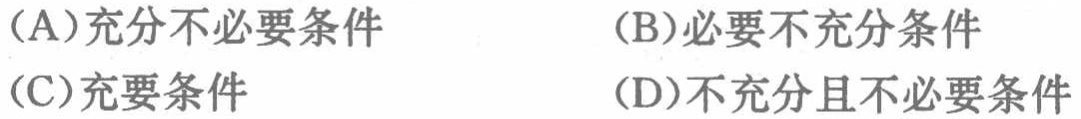
(A)充分不必要条件
(B)必要不充分条件
(C)充要条件
(D)不充分且不必要条件